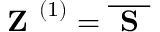
\textbf { Z } ^ { \left( 1 \right) } = \overline { { { \textbf { S } } } }